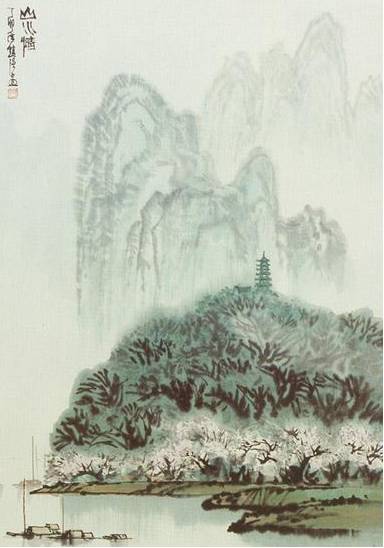
试上吴门窥郡郭，清明几处有新烟。